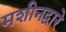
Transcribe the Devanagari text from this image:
मशीनद्वारे